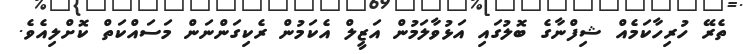
ތެރޭ ހުރިހާކަމެއް ޝިފްނާގެ ބޮލުގައި އަޅުވާލަަމުން އަޒީލް އެކަމުން ރެކިގަންނަން މަސައްކަތް ކޮށްލިއެވެ.